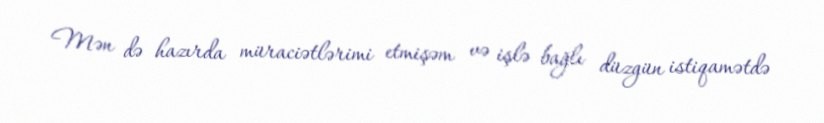
Mən də hazırda müraciətlərimi etmişəm və işlə bağlı düzgün istiqamətdə